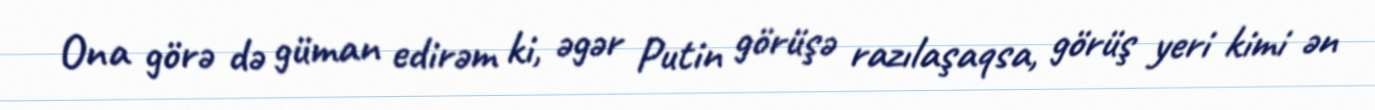
Ona görə də güman edirəm ki, əgər Putin görüşə razılaşaqsa, görüş yeri kimi ən